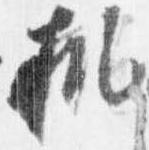
机